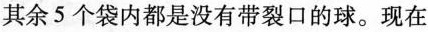
其余5个袋内都是没有带裂口的球。现在